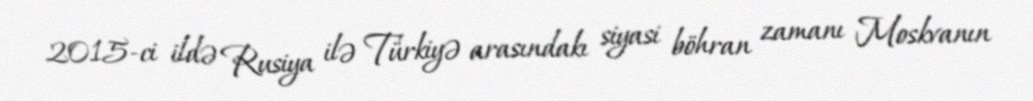
2015-ci ildə Rusiya ilə Türkiyə arasındakı siyasi böhran zamanı Moskvanın